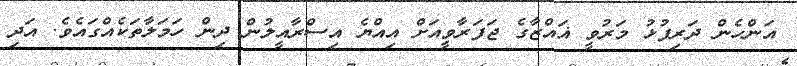
އަންހެން ދަރިފުޅު މަރުވީ ޣައްޒާގެ ޖަފަރާވީއަށް އިއްޔެ އިސްރާއީލުން ދިން ހަމަލާތަކެއްގައެވެ. އަދި